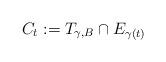
LaTeX: \begin{align*} C_t := T_{\gamma,B}\cap E_{\gamma(t)} \end{align*}